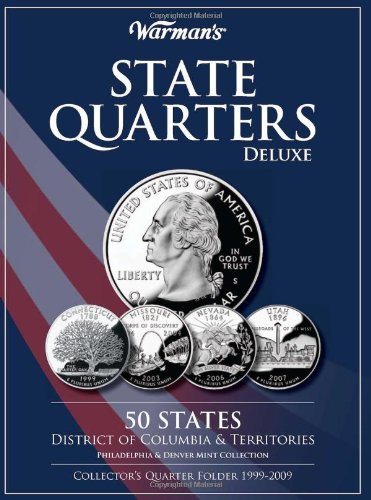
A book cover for State Quarters 1999-2009 Deluxe Collector's Folder: District of Columbia and Territories, Philadelphia and Denver Mints (Warman's Collector Coin Folders); Warman's; Crafts, Hobbies & Home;